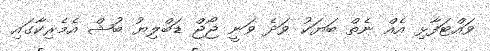
ވައްޓަފާޅި އެއް ނެތް ބަޔަކު ވަދެ ވަނީ ޖޯޖް ޑަބްލިޔު ބުޝް އެމެރިކާގައި